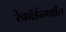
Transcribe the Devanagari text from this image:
रेकॉर्डरमधील